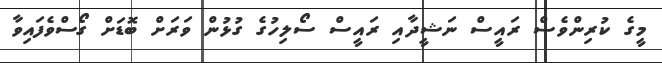
މީގެ ކުރިންވެސް ރައީސް ނަޝީދާއި ރައީސް ސޯލިހުގެ ގުޅުން ވަރަށް ބޮޑަށް ގޯސްވެފައިވާ